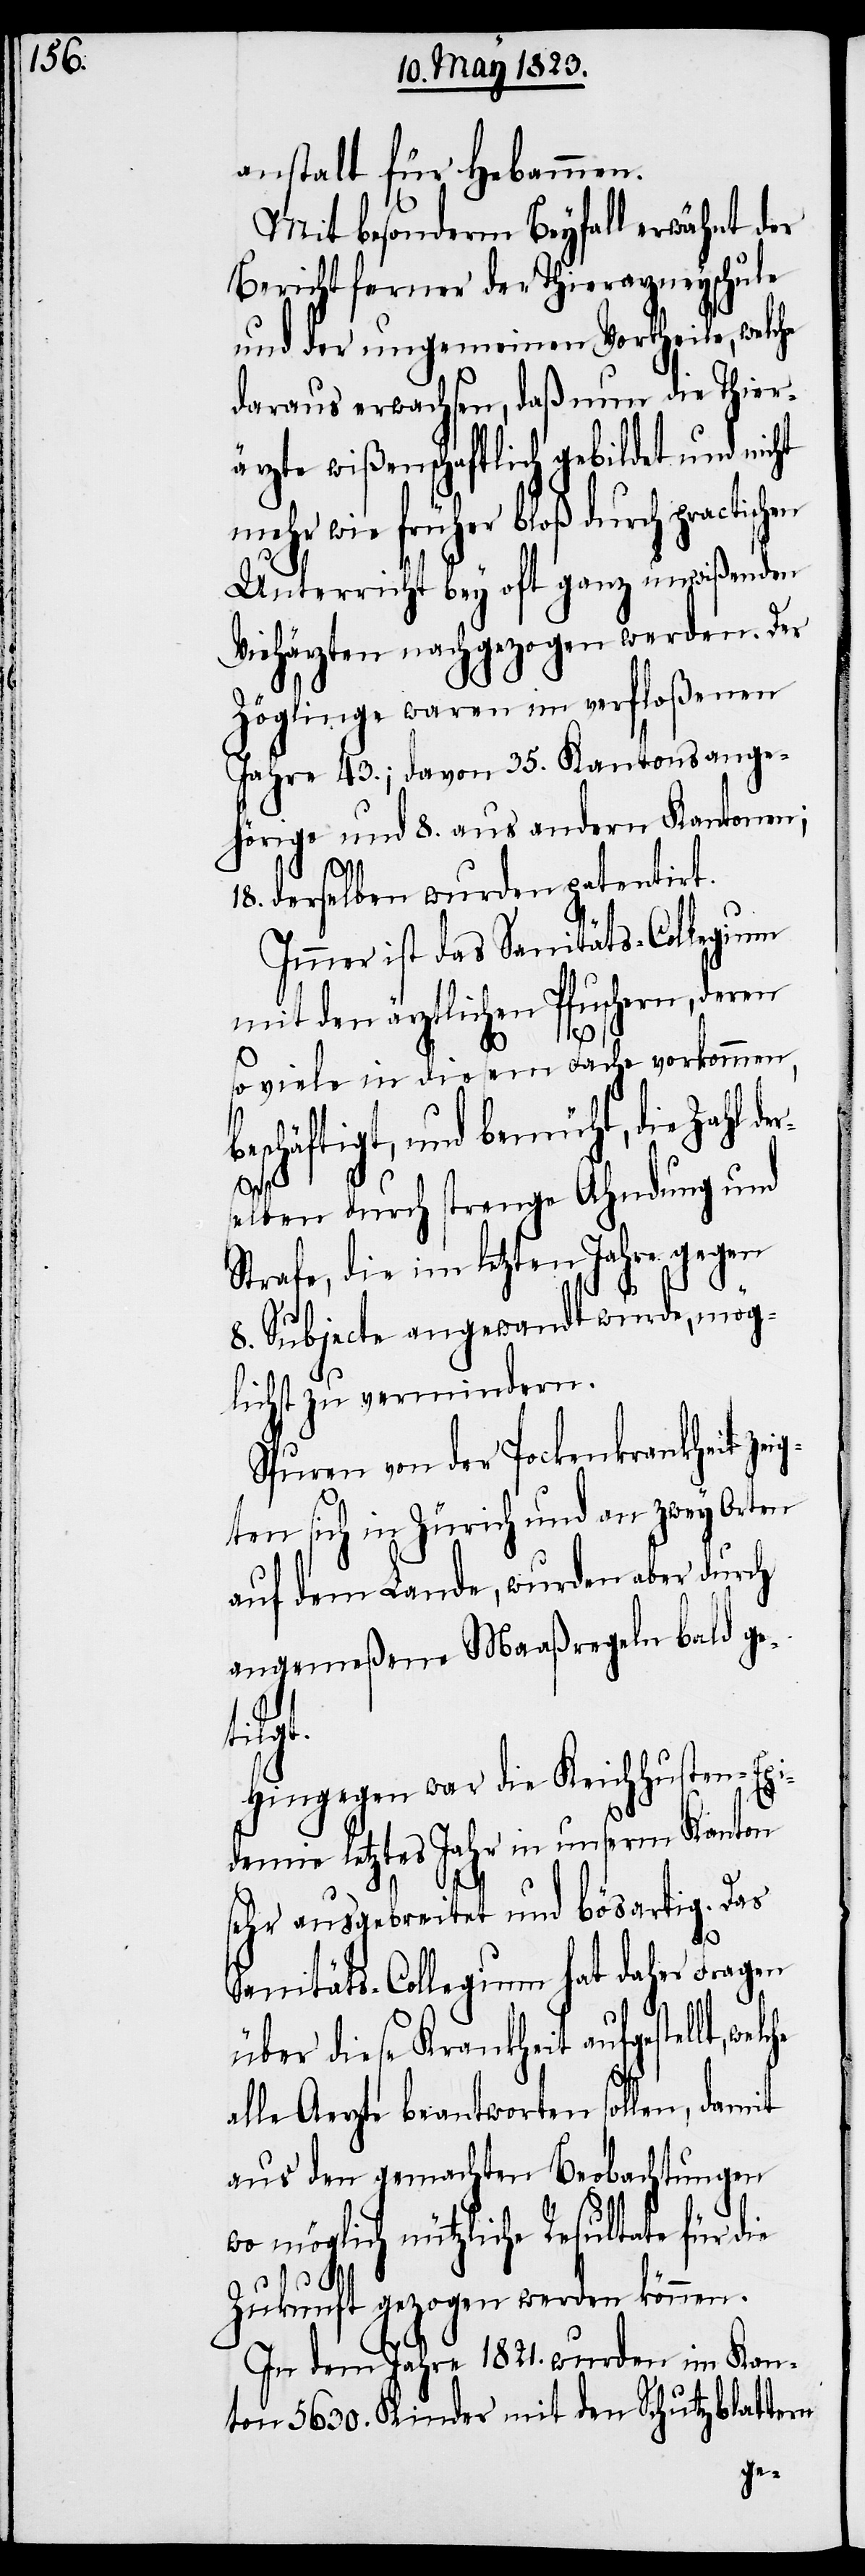
anstalt für Hebammen.
Mit besonderm Beyfall erwähnt der
Bericht ferner der Thierarzneyschule
und der ungemeinen Vortheile, welc¬
daraus erwachsen, daß nun die Thier¬
ärzte wißenschaftlich gebildet und nicht
mehr wie früher bloß durch practisc¬
Unterricht bey oft ganz unwißenden
Viehärzten nachgezogen werden. Der
Zöglinge waren im verfloßenen
Jahre 43.; davon 35. Kantonsange¬
hörige und 8. aus andern Kantonen;
18. derselben wurden patentirt.
Immer ist das Sanitäts-Collegium
mit den ärztlichen Pfuschern, deren
b¬
so viele in diesem Fache vorkommen,
eschäftigt, und bemüht, die Zahl d¬
welche
elben durch strenge Ahndung und
Strafe, die im letzten Jahre gegen
8. Subjecte angewandt wurde, mög¬
lichst zu vermindern.
Spuren von der Pockenkrankheit zei¬
gten sich in Zürich und an zwey Orten
auf dem Lande, wurden aber durch
angemeßene Maaßregeln bald get¬
ilgt.
Hingegen war die Keichhusten-Epi¬
demie letztes Jahr in unserm Kanton
sehr ausgebreitet und bösartig. Das
Sanitäts-Collegium hat daher Fragen
über diese Krankheit aufgestellt,
alle Aerzte beantworten sollen, damit
aus den gemachten Beobachtungen
wo möglich nützliche Resultate für die
Zukunft gezogen werden können.
In dem Jahre 1821. wurden im Kan¬
ton 5630. Kinder mit den Schutzblattern